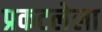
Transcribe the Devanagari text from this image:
प्रकटलेला